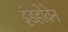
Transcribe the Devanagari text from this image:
इंडहोवेन